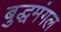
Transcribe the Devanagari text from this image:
बुद्धमंगल